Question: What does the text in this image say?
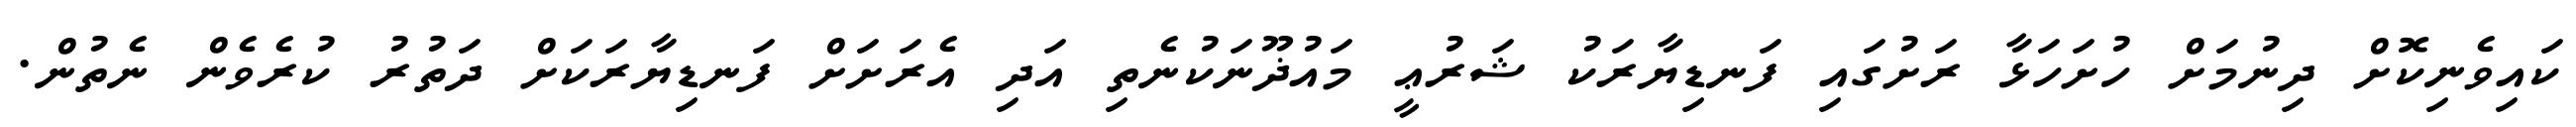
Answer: ކައިވެނިކޮށް ދިނުމަށް ހުށަހަޅާ ރަށުގައި ފަނޑިޔާރަކު ޝަރުޢީ މައުޛޫނަކުނެތި އަދި އެރަށަށް ފަނޑިޔާރަކަށް ދަތުރު ކުރެވެން ނެތުން.